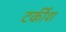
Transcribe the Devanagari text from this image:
टर्कीश